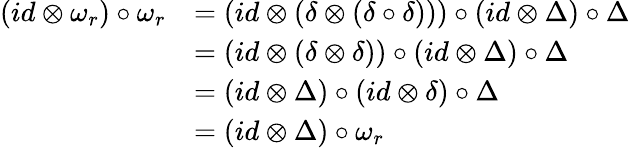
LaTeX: \begin{array}{rl}{(id\otimes\omega_{r})\circ\omega_{r}}&{=(id\otimes(\delta\otimes(\delta\circ\delta)))\circ(id\otimes\Delta)\circ\Delta}\\ &{=(id\otimes(\delta\otimes\delta))\circ(id\otimes\Delta)\circ\Delta}\\ &{=(id\otimes\Delta)\circ(id\otimes\delta)\circ\Delta}\\ &{=(id\otimes\Delta)\circ\omega_{r}}\end{array}